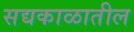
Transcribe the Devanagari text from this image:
सद्यकाळातील